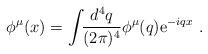
LaTeX: \begin{align*}\phi^{\mu}(x)=\int\!\!{d^{4}q\over(2\pi)^{4}}\phi^{\mu}(q){\rm e}^{-iqx} \ .\end{align*}